Problem: 6 × 6 = ?
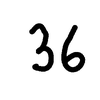
Handwritten answer: 36